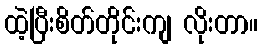
ထဲ့ပြီးစိတ်တိုင်းကျ လိုးတာ။